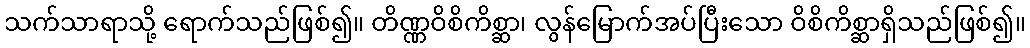
သက်သာရာသို့ ရောက်သည်ဖြစ်၍။ တိဏ္ဏဝိစိကိစ္ဆာ၊ လွန်မြောက်အပ်ပြီးသော ဝိစိကိစ္ဆာရှိသည်ဖြစ်၍။